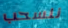
ننسحب